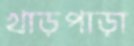
খাড়পাড়া